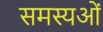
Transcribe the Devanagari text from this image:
समस्यओं